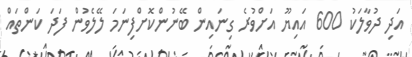
އަދި ދުވާލަކު 600 އައިޔޫ އަށްވުރެ ގިނައިން ބޭނުންކޮށްފިނަމަ ލޭލެވުން ފަދަ ކަންތައް